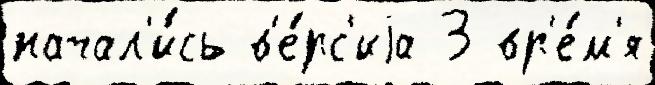
начал'и́сь в'е́рс'иjа 3 вр'е́м'я